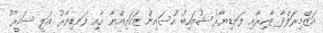
އަޒްމިރަލްދާ ޒާހިރާއި ފަނޑިޔާރު ޝުއައިބު ހުސައިން ޒަކަރިއްޔާ އާއި ފަނޑިޔާރު އަލީ ސަމީރު